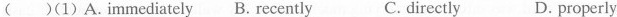
( )(1) A.Immediately B. Recently C.directly D. properiy